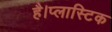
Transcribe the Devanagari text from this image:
है।प्लास्टिक